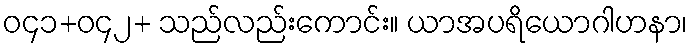
ဝ၄၁+ဝ၄၂+ သည်လည်းကောင်း။ ယာအပရိယောဂါဟနာ၊